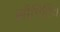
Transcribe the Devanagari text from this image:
सीगिरिय